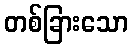
တစ်ခြားသော